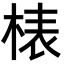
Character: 𣓻